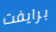
برايفت